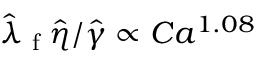
\hat { \lambda } \textsubscript { f } \hat { \eta } / \hat { \gamma } \propto C a ^ { 1 . 0 8 }